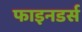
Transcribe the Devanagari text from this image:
फाइनडर्स